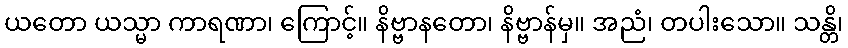
ယတော ယသ္မာ ကာရဏာ၊ ကြောင့်။ နိဗ္ဗာနတော၊ နိဗ္ဗာန်မှ။ အညံ၊ တပါးသော။ သန္တိ၊